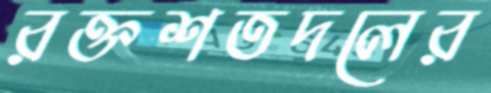
রক্তশতদলের